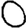
Digit: 0